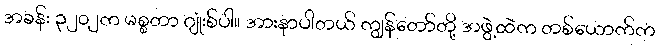
အခန်း ၃၂၀၂က မစ္စတာ ဂျုံးစ်ပါ။ အားနာပါတယ် ကျွန်တော်တို့ အဖွဲ့ထဲက တစ်ယောက်က